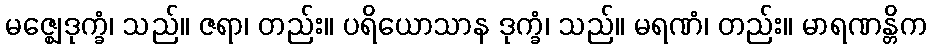
မဇ္ဈေဒုက္ခံ၊ သည်။ ဇရာ၊ တည်း။ ပရိယောသာန ဒုက္ခံ၊ သည်။ မရဏံ၊ တည်း။ မာရဏန္တိက